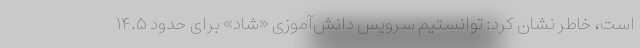
است، خاطر نشان کرد: توانستیم سرویس دانش‌آموزی «شاد» برای حدود ١۴.۵